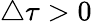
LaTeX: \triangle\tau>0